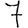
Digit: 7